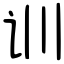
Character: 训